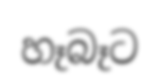
හෑබෑට